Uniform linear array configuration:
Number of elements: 48
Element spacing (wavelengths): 0.5
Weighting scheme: kaiser
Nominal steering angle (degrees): -45
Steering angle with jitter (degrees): -43.572
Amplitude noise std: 0.05
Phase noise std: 0.05

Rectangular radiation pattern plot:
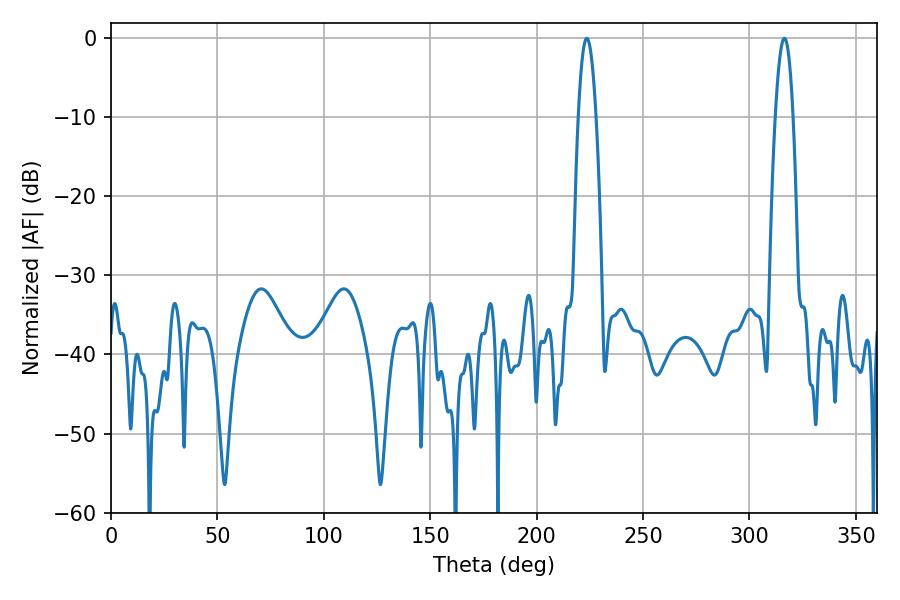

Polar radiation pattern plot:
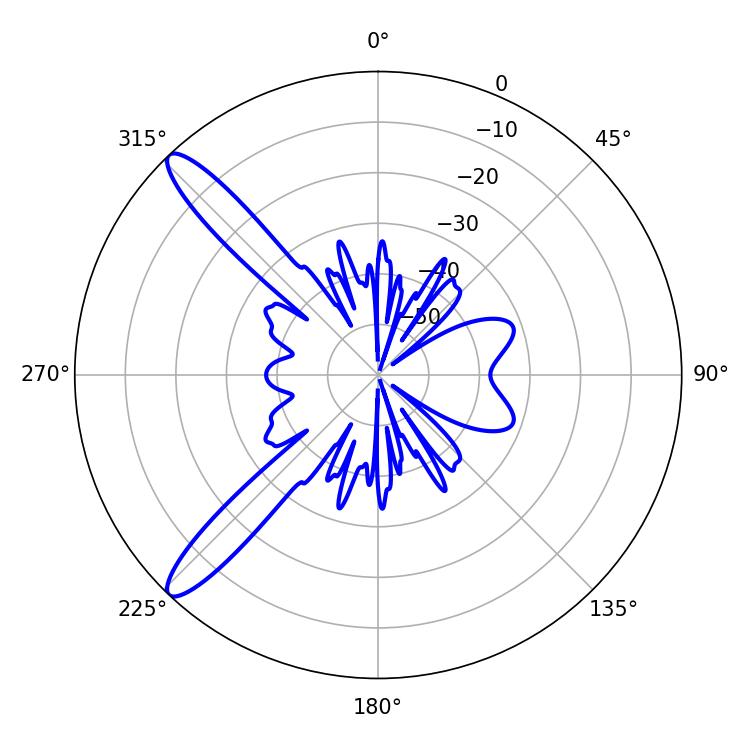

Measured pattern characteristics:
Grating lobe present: FALSE
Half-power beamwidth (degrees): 4.5
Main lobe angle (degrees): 223.56